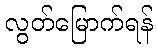
လွတ်မြောက်ရန်